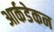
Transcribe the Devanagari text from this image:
आर्कडेकन